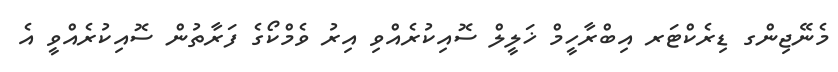
މެނޭޖިންގ ޑިރެކްޓަރ އިބްރާހީމް ޚަލީލް ސޮއިކުރެއްވި އިރު ވެމްކޯގެ ފަރާތުން ސޮއިކުރެއްވީ އެ